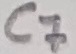
Text: C7